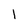
Character: 1